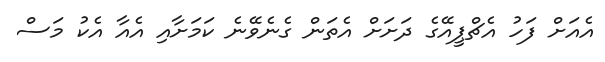
އެއަށް ފަހު އެޗްޕީއޭގެ ދަށަށް އެތަން ގެނެވޭނެ ކަމަށާއި އެއާ އެކު މަސް